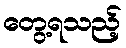
တွေ့ရသည့်